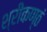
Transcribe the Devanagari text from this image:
श्रीकण्ठं